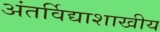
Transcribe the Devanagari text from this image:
अंतर्विद्याशाखीय